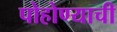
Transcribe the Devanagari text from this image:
पोहोण्याची